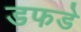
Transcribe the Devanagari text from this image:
डफडे